Report on sanitation, dispensaries, and jails in Rajputana for 1909, and on vaccination for the year 1909-1910 - 1909-1910
Year: 1909
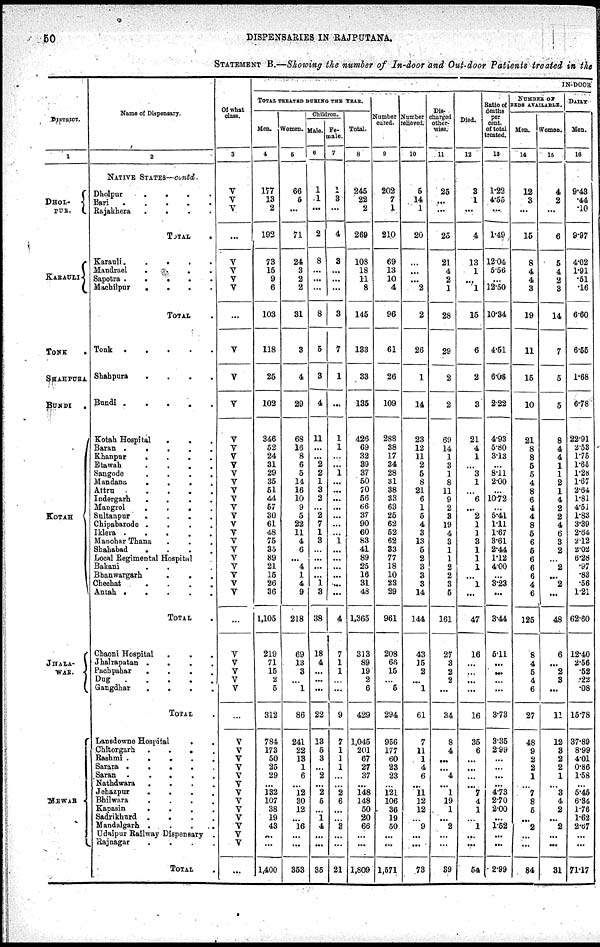
50
DISPENSARIES IN RAJPUTANA.
STATEMENT B.—Showing the number of In-door and Out-door Patients treated in the
DISTRICT.
1
DHOL¬
PUR.
KARAULI
TONK
.
SHAHPURA
BUNDI
.
KOTAH
JHALA¬
WAR.
Name of Dispensary.
2
NATIVE STATES—contd
Dholpor
.
.
.
.
Bari
.
.
.
.
.
Rajakhera
.
.
.
.
TOTAL
.
Karauli
. . . .
Mandrael
.
.
.
.
Sapotra .
.
.
.
.
Machilpur
.
. . .
TOTAL .
Tonk
.
.
.
.
.
Shahpura
.
.
.
.
Bundi .
.
.
.
.
Kotah Hospital . . .
Baran .
.
.
.
.
Khanpur
.
.
.
.
Etawah
.
.
.
.
Sangode
.
.
.
.
Mandana
.
.
.
.
Attru
.
.
.
.
.
Indergarh
.
.
.
.
Mangrol
.
.
.
.
Sultanpur
.
.
.
.
Chipabarode .
.
.
.
Iklera .
.
.
.
.
Manohar Thana . . .
Shahabad
.
.
.
.
Local Regimental Hospital
Bakani . .
Bhanwargarh . . .
Chechat
.
.
.
.
Antah . . .
.
.
TOTAL .
Chaoni Hospital . . .
Jhalrapatan .
.
.
.
Pachpahar
.
.
.
.
Dug
.
.
.
.
.
Gangdhar
.
.
.
.
TOTAL .
Lansdowne Hospital
. .
Chitorgarh
.
.
.
.
Rashmi .
.
.
.
.
Sararn .
.
.
.
.
Saran
. . . . .
Nathdwara
. . . .
Jehazpur
.
.
.
.
Bhilwara
.
.
.
.
Kapasin
. . . .
Sadrikhurd
. . . .
Mandalgarh . . . .
Udaipur Railway Dispensary .
Rajnagar
. . . .
TOTAL .
Of what
class.
3
V
V
V
...
V
V
V
V
...
V
V
V
V
V
V
V
V
V
V
V
V
V
V
V
V
V
V
V
V
V
V
...
V
V
V
V
V
...
V
V
V
V
V
V
V
V
V
V
V
V
V
...
IN-DOOR
TOTAL TREATED DURING THE YEAR.
Men.
4
177
13
2
192
73
15
9
6
103
118
25
102
346
52
24
31
29
35
51
44
57
30
61
48
75
35
89
21
15
26
36
1,105
219
71
15
2
5
312
784
173
50
25
29
...
132
107
38
19
43
...
...
1,400
Women.
5
66
5
...
71
24
3
2
2
31
3
4
29
68
16
8
6
5
14
16
10
9
5
22
11
4
6
...
4
1
4
9
218
69
13
3
...
1
86
241
22
13
1
6
...
12
30
12
...
16
...
...
353
Children.
Male.
6
1
1
...
2
8
...
...
...
8
5
3
4
11
...
...
2
2
1
3
2
...
2
7
1
3
...
...
...
...
11
3
38
18
4
...
...
...
22
13
5
3
...
2
...
2
5
...
1
4
...
...
35
Fe¬
male.
7
1
3
...
4
3
...
...
...
3
7
1
...
1
1
...
1
...
...
...
...
...
...
...
1
...
...
...
...
...
...
4
7
1
1
...
...
9
7
1
1
1
...
...
2
6
...
8
...
...
21
Total.
8
245
22
2
269
108
18
11
8
145
133
33
135
426
69
32
39
37
50
70
56
66
37
90
60
83
41
89
25
16
31
48
1,365
313
89
19
2
6
429
1,045
201
67
27
37
...
148
148
50
20
66
...
...
1,809
Number
cured.
9
202
7
1
210
69
13
10
4
96
61
26
109
288
38
17
34
28
31
38
33
63
25
62
52
62
33
77
18
10
23
29
961
208
66
15
...
5
294
956
177
60
23
23
...
121
106
36
19
50
...
...
1,571
Number
relieved.
10
5
14
1
20
...
...
...
2
2
26
1
14
23
12
11
2
5
8
21
6
1
5
4
3
13
5
2
3
3
3
14
144
43
15
2
...
1
61
7
11
1
4
6
...
11
12
12
...
9
...
...
73
Dis¬
charged
other-
wise.
11
25
...
...
25
21
4
2
1
28
29
2
2
69
14
1
3
1
8
11
9
2
3
19
4
3
1
1
2
2
3
5
161
27
3
2
2
...
34
8
4
...
...
4
...
1
19
1
...
2
...
...
39
Died.
12
3
1
...
4
13
1
...
1
15
6
2
3
21
4
1
...
3
1
...
6
...
2
1
1
3
1
1
1
...
1
...
47
16
...
...
...
...
16
35
6
...
...
...
...
7
4
1
...
1
...
...
54
Ratio of
deaths
per
cent.
of total
treated.
13
1.22
4.55
...
1.49
12.04
5.56
...
12.50
10.34
4.51
6.08
2.22
4.93
5.80
3.13
...
8.11
2.00
...
10.72
...
5.41
1.11
1.67
3.61
2.44
1.12
4.00
...
3.23
...
3.44
5.11
...
...
...
...
3.73
3.35
2.99
...
...
...
...
4.73
2.70
2.00
...
1.52
...
...
2.99
NUMBER OF
BEDS AVAILABLE.
Men.
14
12
3
...
15
8
4
4
3
19
11
15
10
21
8
8
5
5
4
8
6
4
4
8
5
6
5
6
6
6
4
6
125
8
4
5
4
6
27
48
9
2
2
1
...
7
8
5
...
2
...
...
84
Women.
15
4
2
...
6
5
4
2
3
14
7
5
5
8
4
4
1
1
2
1
4
2
2
4
6
3
2
...
2
...
2
...
48
6
...
2
3
...
11
12
3
2
2
1
...
3
4
2
...
2
...
...
31
DAILY
Men.
16
9.43
.44
.10
9.97
4.02
1.91
.51
.16
6.60
6.55
1.68
6.78
22.91
2.53
1.75
1.65
1.28
1.67
2.64
1.81
4.51
1.83
3.39
2.64
2.12
2.02
6.28
.97
.83
.56
1.21
62.60
12.40
2.56
.52
.22
.08
15.78
37.89
8.99
4.01
0.86
1.58
...
5.45
6.34
1.76
1.62
2.67
...
...
71.17